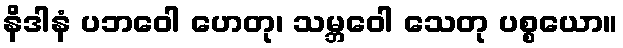
နိဒါနံ ပဘဝေါ ဟေတု၊ သမ္ဘဝေါ သေတု ပစ္စယော။